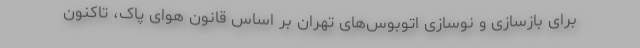
برای بازسازی و نوسازی اتوبوس‌های تهران بر اساس قانون هوای پاک، تاکنون